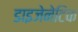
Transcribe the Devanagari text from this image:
डाइजेनेटिक